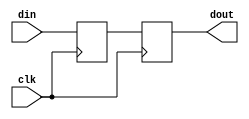
/////////////////////////////////////////
//  Functionality: flop to flop path
////////////////////////////////////////
// `timescale 1ns / 1ps


module flop2flop(
  din,
  dout,
  clk);

input din;
input clk;
output reg dout;

reg q1 ;


always @(posedge clk)
    begin
      q1 <= din ;
	end

always @(posedge clk)
    begin 
	    dout <= q1 ;
	end
		
endmodule